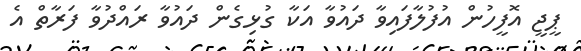
ޕީޖީ އޮފީހުން އުފުލާފައިވާ ދައުވާ އަކާ ގުޅިގެން ދައުވާ ރައްދުވާ ފަރާތް އެ